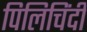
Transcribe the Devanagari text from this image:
पिलिचिंदी